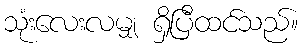
သုံးလေးလမျှ ရှိပြီထင်သည်။